Vaccination in Bombay 1924-1928 - 1924-1928
Year: 1924
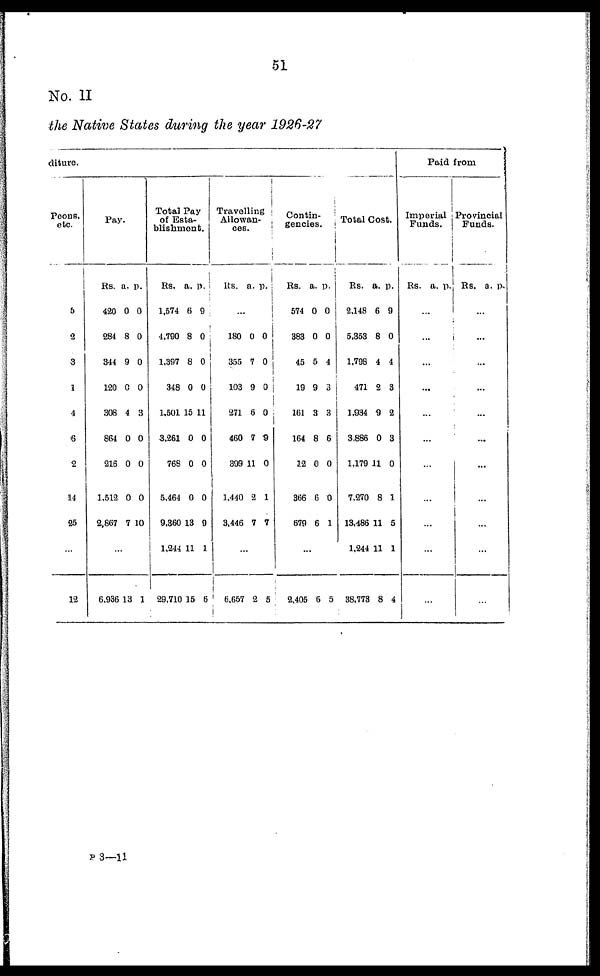
51
No. II
the Native States during the year 1926-27
diture.
Peons,
etc.
5
2
3
1
4
6
2
14
25
...
12
Pay.
Rs.
420
284
344
120
306
864
216
1,512
2,867
a.
0
8
9
0
4
0
0
0
7
p.
0
0
0
0
3
0
0
0
10
...
6,936 13 1
Total Pay
of Esta-
blishment.
Rs.
1,574
4,790
1,397
348
1,501
3,261
768
5,464
9,360
1,244
29,710
a.
6
8
8
0
15
0
0
0
13
11
15
p.
9
0
0
0
11
0
0
0
9
1
6
Travelling
Allowan-
ces.
Rs. a. p.
...
180
355
103
271
460
399
1,440
3,446
0
7
9
6
7
11
2
7
0
0
0
0
9
0
1
7
...
6,657 2 5
Contin-
gencies.
Rs.
574
383
45
19
161
164
12
366
679
a.
0
0
5
9
3
8
0
6
6
p.
0
0
4
3
3
6
0
0
1
...
2,405 6 5
Total Cost.
Rs.
2,148
5,353
1,798
471
1,934
3,886
1,179
7,270
13,486
1,244
38,773
a.
6
8
4
2
9
0
11
8
11
11
8
p.
9
0
4
3
2
3
0
1
5
1
4
Paid from
Imperial
Funds.
Rs. a. p.
...
...
...
...
...
...
...
...
...
...
...
Provincial
Funds.
Rs. a. p.
...
...
...
...
...
...
...
...
...
...
...
P3—11